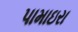
પામાઇરા